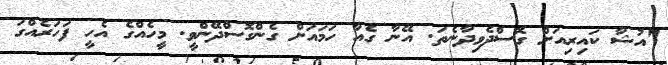
"އުޝާ ކައިރިއަށް ގޮސްދެވިދާނެތަ. އޭނާ ގެއާ ހަމައަށް ގެންގޮސްދޭންވީ. މީހެއްގެ އެހީ ފަހަރެއްގަ